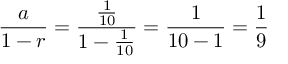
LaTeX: { \frac { a } { 1 - r } } = { \frac { \frac { 1 } { 1 0 } } { 1 - { \frac { 1 } { 1 0 } } } } = { \frac { 1 } { 1 0 - 1 } } = { \frac { 1 } { 9 } }